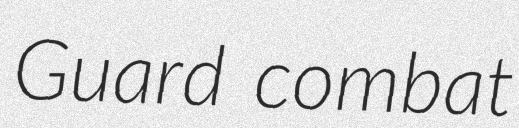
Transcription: Guard combat